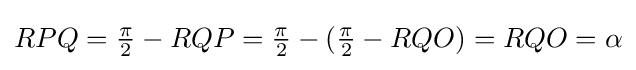
RPQ={\tfrac {\pi }{2}}-RQP={\tfrac {\pi }{2}}-({\tfrac {\pi }{2}}-RQO)=RQO=\alpha